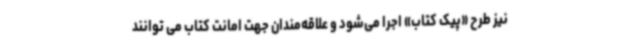
نیز طرح «پیک کتاب» اجرا می‌شود و علاقه‌مندان جهت امانت کتاب می توانند